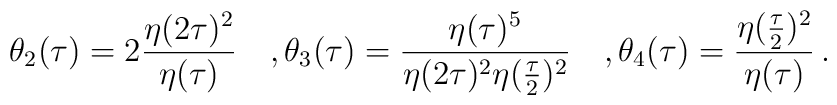
\theta_2(\tau)=2{\eta(2\tau)^2\over{\eta(\tau)}}\quad,\theta_3(\tau)={\eta(\tau)^5\over{\eta(2\tau)^2\eta({\tau\over2})^2}}\quad,\theta_4(\tau)={\eta({\tau\over 2})^2\over{\eta(\tau)}}\,.